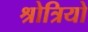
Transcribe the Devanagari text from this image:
श्रोत्रियो